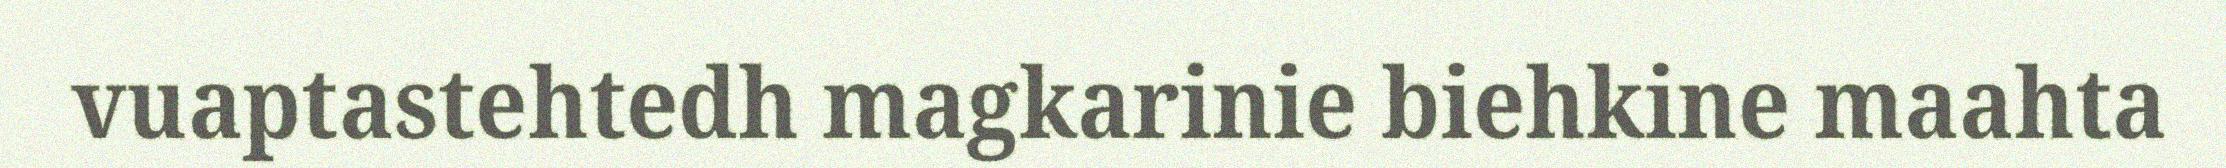
vuaptastehtedh magkarinie biehkine maahta